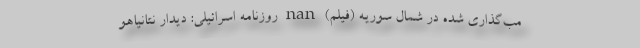
مب‌گذاری شده در شمال سوریه (فیلم) nan روزنامه اسرائیلی: دیدار نتانیاهو